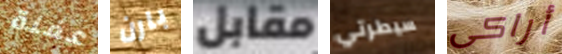
عفنة بارن مقابل سيطرتي أراكى